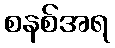
စနစ်အရ